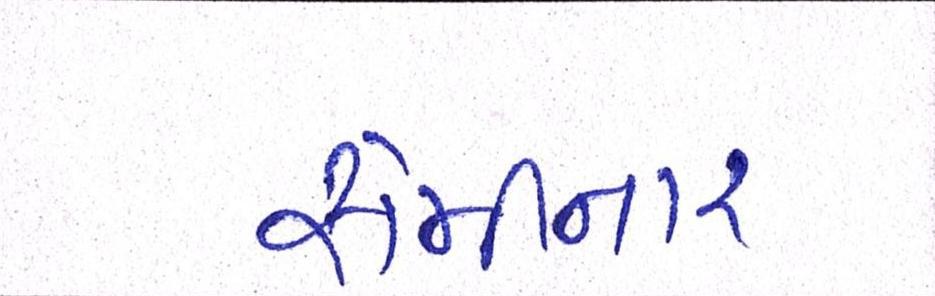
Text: સેમીનાર